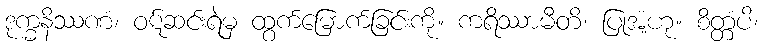
ဒုက္ခနိဿဏံ၊ ဝဋ်ဆင်းရဲမှ ထွက်မြောက်ခြင်းကို။ ကရိဿာမီတိ၊ ပြုအံ့ဟု။ စိတ္တံပိ၊